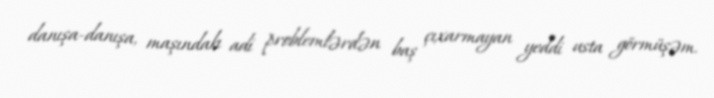
danışa-danışa, maşındakı adi problemlərdən baş çıxarmayan yeddi usta görmüşəm.